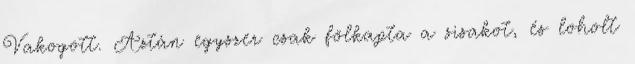
Vakogott. Aztán egyszer csak fölkapta a sisakot, és loholt